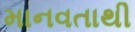
માનવતાથી